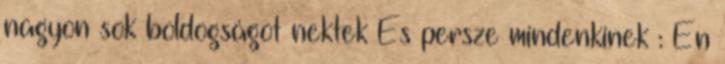
nagyon sok boldogságot nektek És persze mindenkinek : Én